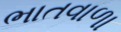
ભાતવાળા